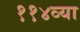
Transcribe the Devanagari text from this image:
११४व्या